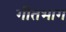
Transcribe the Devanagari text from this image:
गीतभाग